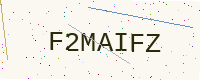
Text: F2MAIFZ